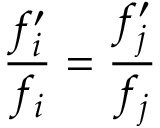
\frac { f _ { i } ^ { \prime } } { f _ { i } } = \frac { f _ { j } ^ { \prime } } { f _ { j } }